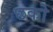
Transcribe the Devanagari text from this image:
छको